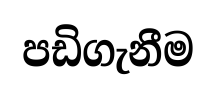
පඩිගැනීම